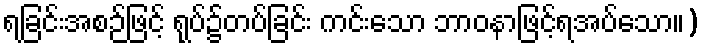
ရခြင်းအစဉ်ဖြင့် ရုပ်၌တပ်ခြင်း ကင်းသော ဘာဝနာဖြင့်ရအပ်သော။)